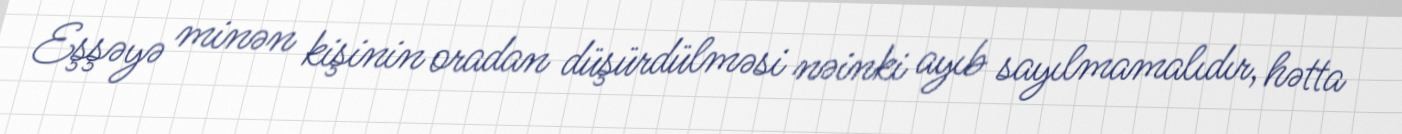
Eşşəyə minən kişinin oradan düşürdülməsi nəinki ayıb sayılmamalıdır, hətta